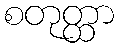
စတုတ္ထာ